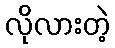
လိုလားတဲ့